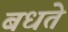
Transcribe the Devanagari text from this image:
बधते